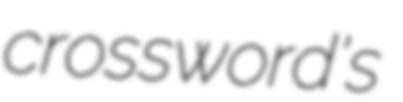
crossword's